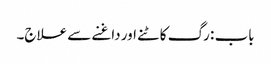
باب : رگ کاٹنے اور داغنے سے علاج۔